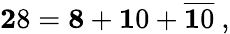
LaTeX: {\mathbf 28}={\mathbf 8}+{\mathbf 10}+{\overline{{{\mathbf 10}}}}~,